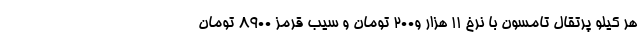
هر کیلو پرتقال تامسون با نرخ ۱۱ هزار و200 تومان و سیب قرمز ۸۹۰۰ تومان